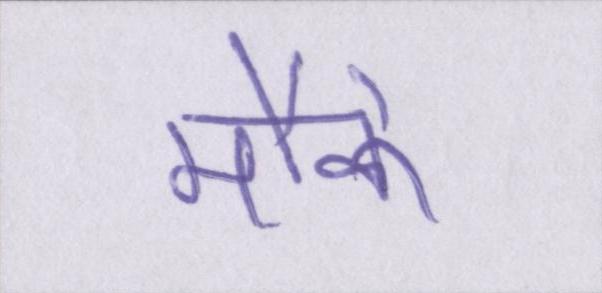
मौके